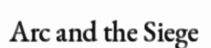
Arc and the Siege